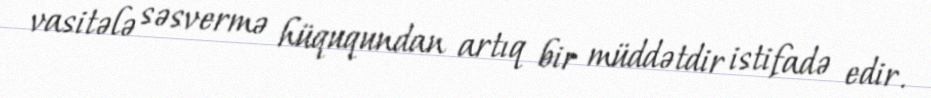
vasitələ səsvermə hüququndan artıq bir müddətdir istifadə edir.